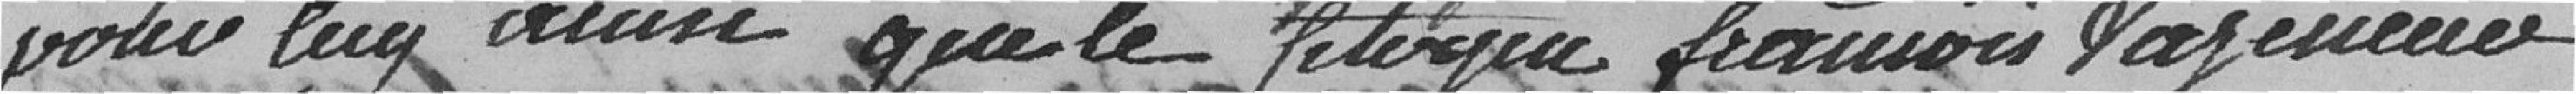
pour luy aussi ainsi que le citoyen François Vazeneuer